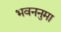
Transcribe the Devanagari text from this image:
भवननुमा